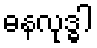
ဓနလုဒ္ဓါ